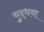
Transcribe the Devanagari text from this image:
युद्धया